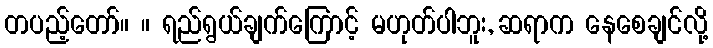
တပည့်တော်။ ။ ရည်ရွယ်ချက်ကြောင့် မဟုတ်ပါဘူး, ဆရာက နေစေချင်လို့